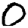
Digit: 0